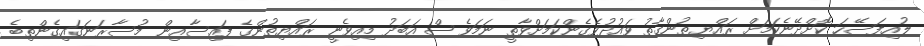
ލުއިފަސޭހަ ކޮށްދޭނެކަމަށް ރައްޔިތުންގާތު ވައުދުވެގެންކަމަށްވާތީ ނަމަވެސް އަބަދު މިއިވެނީ ރައްޔިތުންގެ ފައިސާއިން މުސާރަނަގައިގެންތިބެ